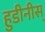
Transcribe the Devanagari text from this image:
हुडीनीस्